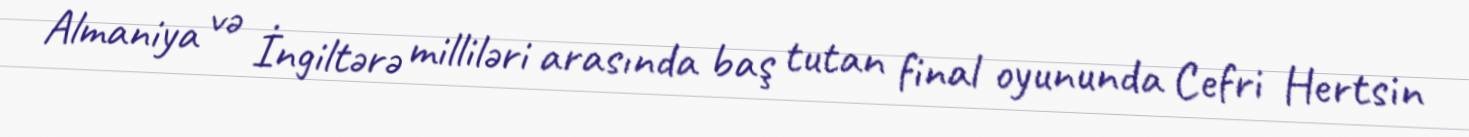
Almaniya və İngiltərə milliləri arasında baş tutan final oyununda Cefri Hertsin